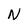
Character: N